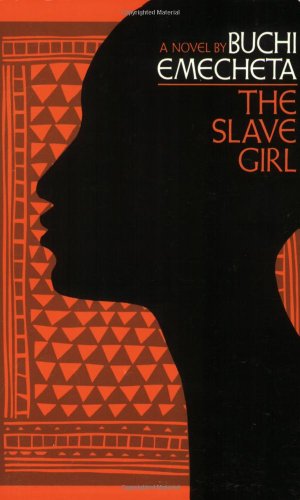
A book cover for The Slave Girl: A Novel; Buchi Emecheta; Literature & Fiction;